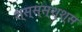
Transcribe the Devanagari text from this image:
श्स्स्स्श्श्स